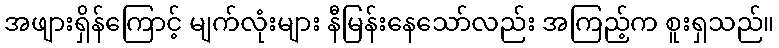
အဖျားရှိန်ကြောင့် မျက်လုံးများ နီမြန်းနေသော်လည်း အကြည့်က စူးရှသည်။